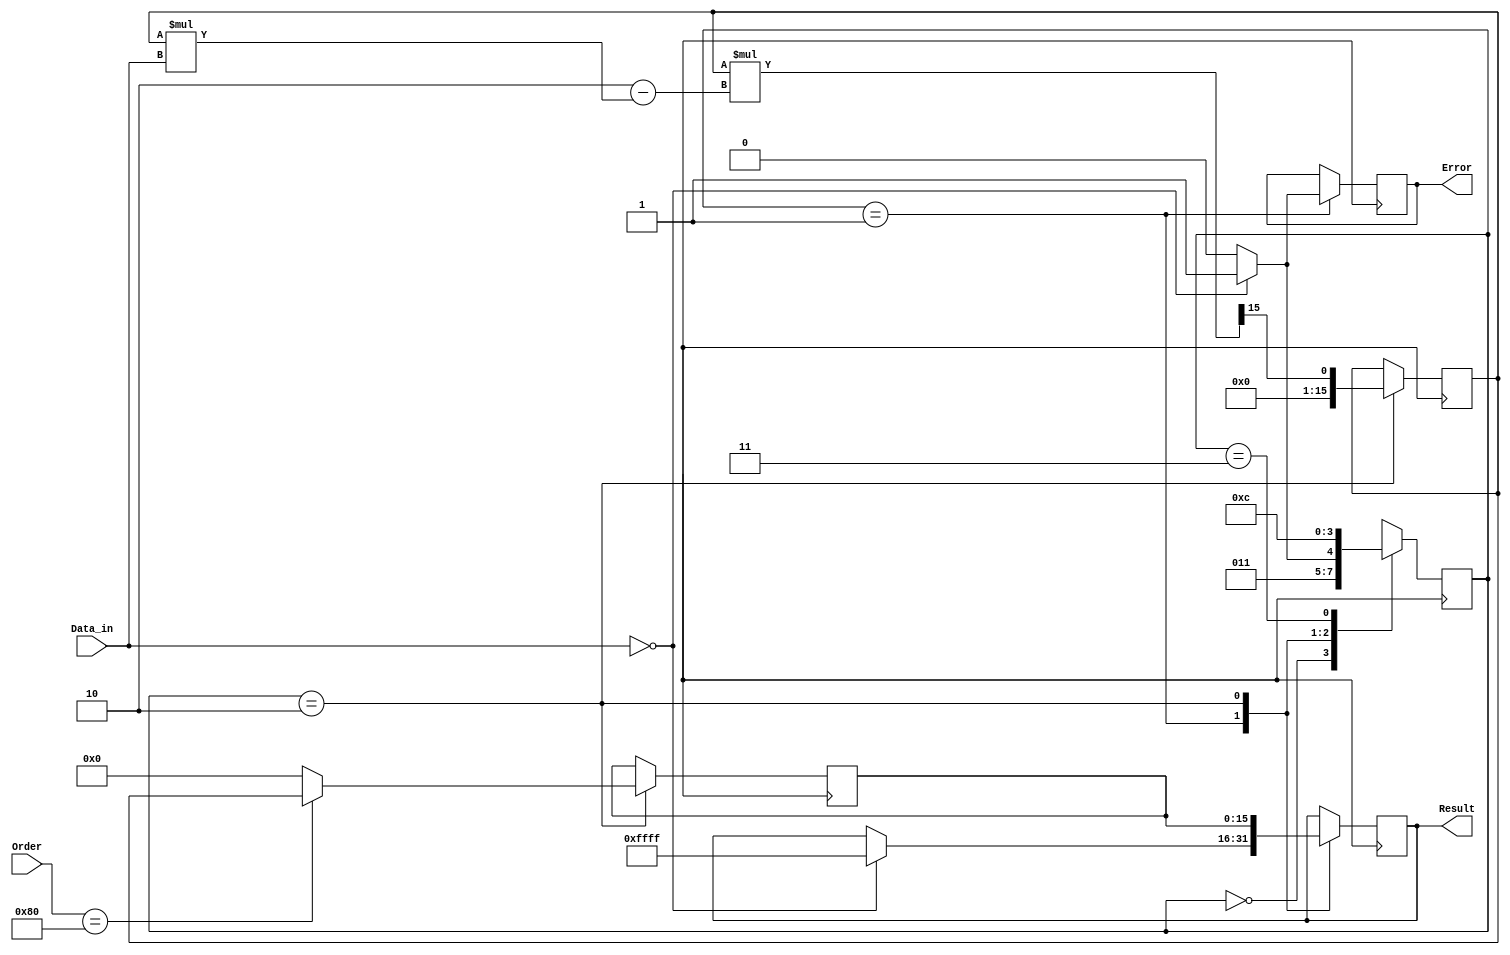
module fractional_order_reciprocal (
    input wire [15:0] Data_in,  // Fixed-point input (example: 16-bit)
    input wire [7:0] Order,      // Fixed-point representation for fractional order
    output reg [15:0] Result,     // Fixed-point output (example: 16-bit)
    output reg Error              // Error flag
);

    // Internal signals
    reg [15:0] reciprocal;         // Intermediate reciprocal value
    reg [15:0] power_result;       // Result of Data_in raised to the fractional order
    integer i;

    // State machine states
    parameter IDLE = 2'b00, VALIDATE = 2'b01, CALCULATE = 2'b10, OUTPUT = 2'b11;
    reg [1:0] state, next_state;

    // State machine for processing
    always @(*) begin
        case (state)
            IDLE: next_state = VALIDATE;
            VALIDATE: next_state = (Data_in == 16'd0) ? OUTPUT : CALCULATE;
            CALCULATE: next_state = OUTPUT;
            OUTPUT: next_state = IDLE; // Loop back to IDLE after output
            default: next_state = IDLE;
        endcase
    end

    // State machine and calculations
    always @(posedge clk) begin
        state <= next_state;
        case (state)
            VALIDATE: begin
                if (Data_in == 16'd0) begin
                    Result <= 16'hFFFF; // Error condition (could be infinity or predefined error code)
                    Error <= 1'b1;      // Set error flag
                end else begin
                    Error <= 1'b0;      // Clear error flag
                end
            end
            CALCULATE: begin
                // Implement Newton-Raphson method for calculating reciprocal
                reciprocal <= 16'h8000 / Data_in; // Initial guess (1/Data_in)
                for (i = 0; i < 5; i = i + 1) begin // 5 iterations for Newton-Raphson
                    reciprocal <= reciprocal * (2'h2 - reciprocal * Data_in) >> 15; // Update guess
                end
                
                // Compute Data_in raised to the fractional order
                // Assuming Order is a fixed-point representation (e.g., Order = 1/2 for sqrt)
                // For simplicity, we will just handle square root in this example
                if (Order == 8'h80) begin // If Order == 1/2
                    power_result <= reciprocal; // For 1/2 power, return reciprocal directly
                end else begin
                    // Additional cases for other fractional orders can be added here
                    power_result <= 16'h0000; // Placeholder for unsupported orders
                end
                
                Result <= power_result; // Store result
            end
            OUTPUT: begin
                // Output logic can be handled here if necessary
            end
        endcase
    end
endmodule